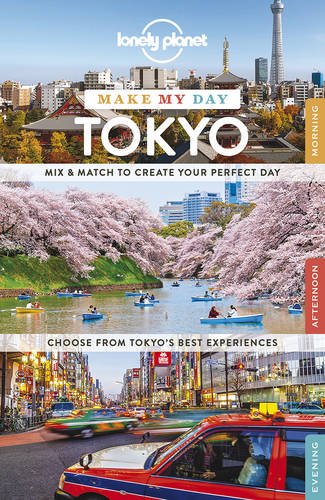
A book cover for Lonely Planet Make My Day Tokyo (Travel Guide); Lonely Planet; Travel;